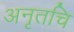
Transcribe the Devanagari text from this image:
अनृतचि